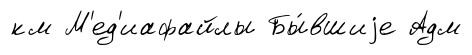
км М'ед'иафайлы Бы́вшиjе Адм